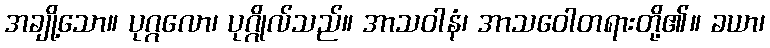
အချို့သော။ ပုဂ္ဂလော၊ ပုဂ္ဂိုလ်သည်။ အာသဝါနံ၊ အာသဝေါတရားတို့၏။ ခယာ၊